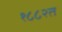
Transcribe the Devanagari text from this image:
१८८२त